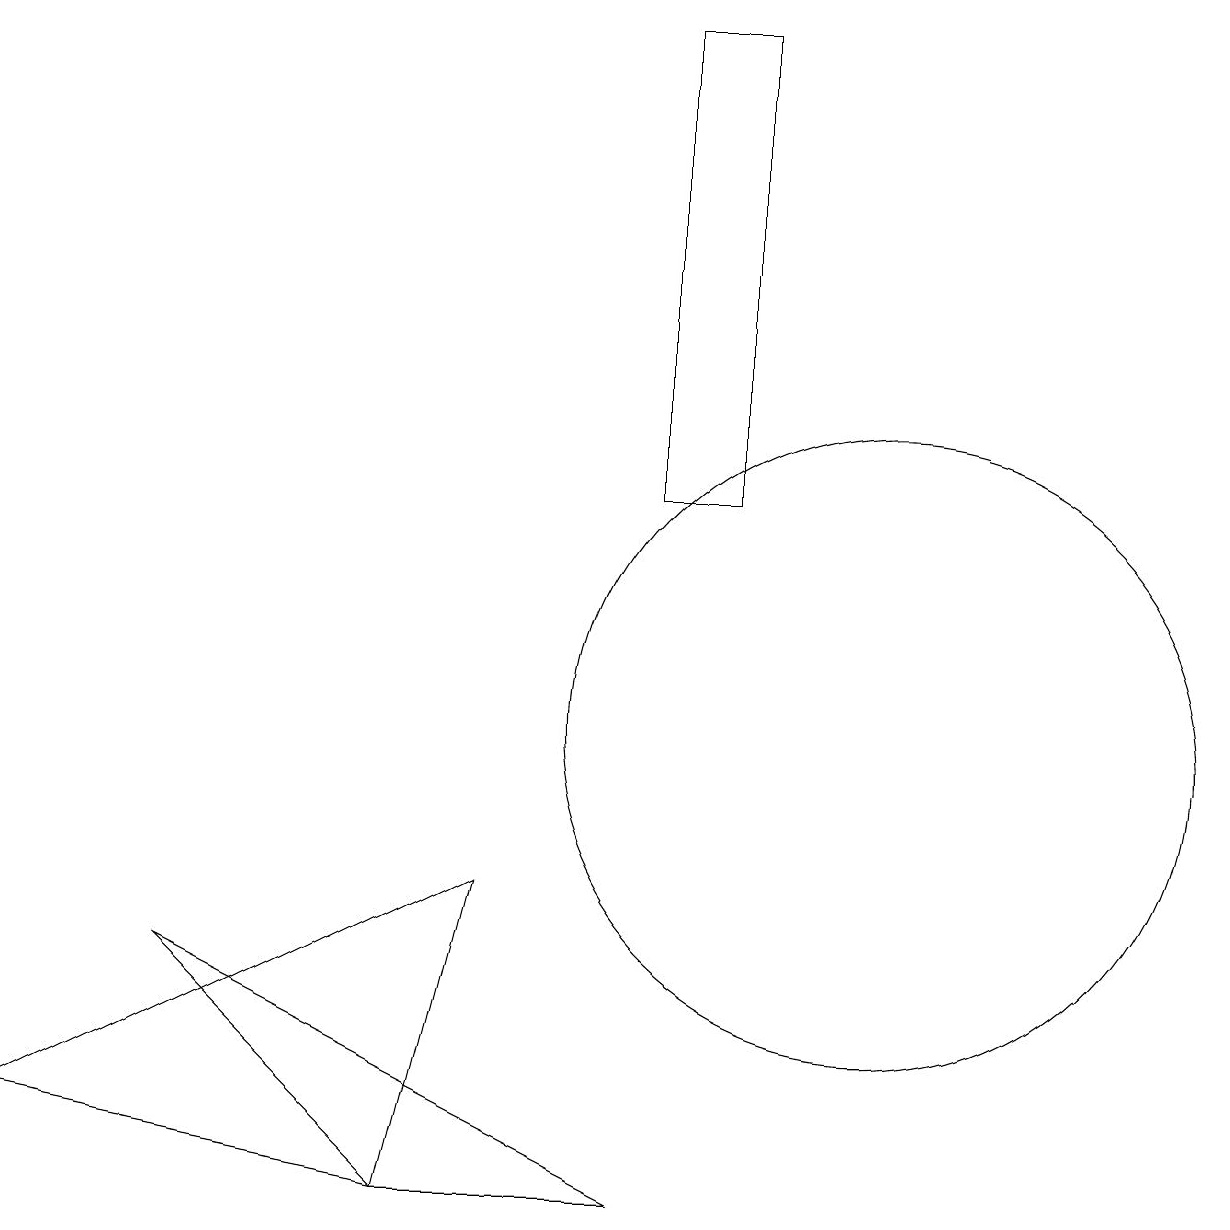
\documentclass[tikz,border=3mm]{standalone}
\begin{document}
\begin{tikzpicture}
\draw (2,7) -- (5,4) -- (8,4) -- cycle;
\draw (8,19) rectangle (9,13);
\draw (11,10) circle (4);
\draw (5,4) -- (0,5) -- (6,8) -- cycle;
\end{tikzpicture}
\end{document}